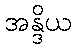
အန္ဒိယ